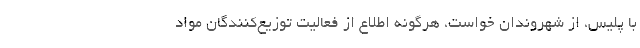
با پلیس، از شهروندان خواست، هرگونه اطلاع از فعالیت توزیع‌کنندگان مواد